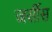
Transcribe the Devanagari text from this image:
जर्सीस